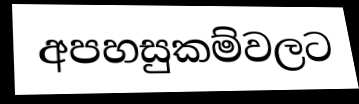
අපහසුකම්වලට